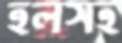
হলসহ